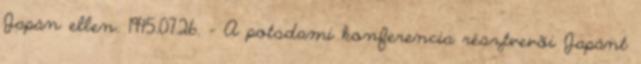
Japán ellen. 1945.07.26. - A potsdami konferencia résztvevõi Japánt